Annual report of lunatic asylums [Bombay] - 1912-1922
Year: 1912
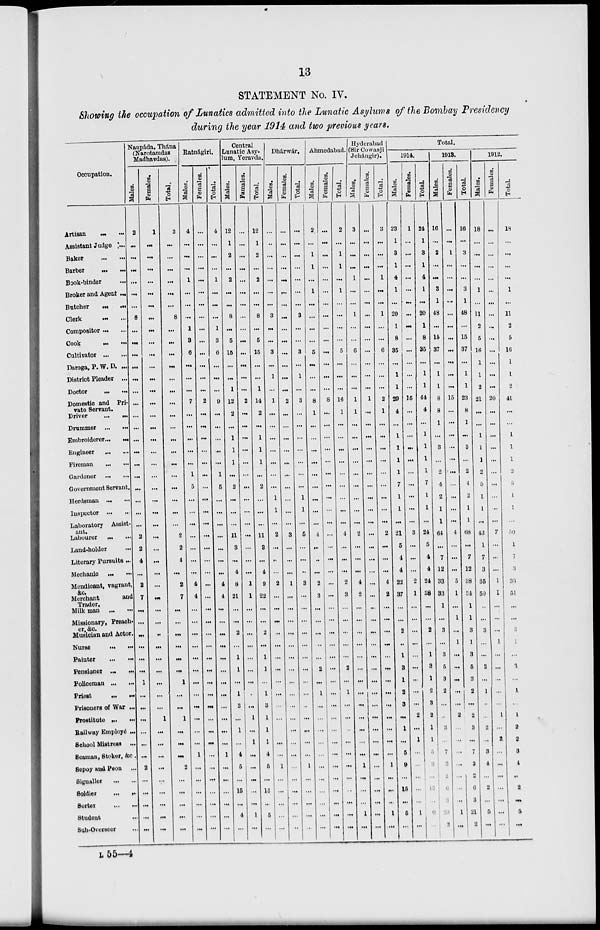
13
STATEMENT No. IV.
Showing the occupation of Lunatics admitted into the Lunatic Asylums of the Bombay Presidency
during the year 1914 and two previous years.
Occupation.
Artisan
...
...
Assistant Judge ...
Baker
...
...
Barber
...
...
Book-binder ...
Broker and Agent ...
Butcher
...
...
Clerk ... ...
Compositor ... ...
Cook
...
...
Cultivator ... ...
Daroga, P. W. D. ...
District Pleader ...
Doctor ... ...
Domestic and Pri-
vate Servant.
Driver
...
...
Drummer ...
...
Embroiderer ... ...
Engineer ... ...
Fireman
...
...
Gardener ... ...
Government Servant.
Herdsman ... ...
Inspector
...
...
Laboratory Assist-
ant.
Labourer ... ...
Land-holder ....
Literary Pursuits ...
Mechanic ... ...
Mendicant, vagrant,
&c.
Merchant
and
Trader.
Milk man ...
...
Missionary, Preach-
er, &c.
Musician and Actor.
Nurse
...
...
Painter
...
...
Pensioner ... ...
Policeman ...
...
Priest
...
...
Prisoners of War ...
Prostitute
... ...
Railway Employé ...
School Mistress ...
Seaman, Stoker, &c.
Sepoy and Peon ...
Signaller
...
...
Soldier
...
...
Sorter
...
...
Student ...
Sub-Overseer ...
Naupáda, Thána
(Narotamdas
Madhavdas).
Males.
2
...
...
...
...
...
...
8
...
...
...
...
...
...
...
...
...
...
...
...
...
...
...
...
...
2
2
4
...
2
7
...
...
...
...
...
...
1
...
...
...
...
...
...
2
...
...
...
...
...
Females.
1
...
...
...
...
...
...
...
...
...
...
...
...
...
...
...
...
...
...
...
...
...
...
...
...
...
...
...
...
...
...
...
...
...
...
...
...
...
...
...
1
...
...
...
...
...
...
...
...
...
Total.
3
...
...
...
...
...
...
8
...
...
...
...
...
...
...
...
...
...
...
...
...
...
...
...
...
2
2
4
...
2
7
...
...
...
...
...
...
1
...
...
1
...
...
...
2
...
...
...
...
...
Ratnágiri.
Males.
4
...
...
...
1
...
...
...
1
3
6
...
...
...
7
...
...
...
...
...
1
5
...
...
...
...
...
...
...
4
4
...
...
...
...
...
...
...
...
...
...
...
...
1
...
...
...
...
...
...
Females.
...
...
...
...
...
...
...
...
...
...
...
...
...
...
2
...
...
...
...
...
...
...
...
...
...
...
...
...
...
...
...
...
...
...
...
...
...
...
...
...
...
...
...
...
...
...
...
...
...
...
Total.
4
...
...
...
1
...
...
...
1
3
6
...
...
...
9
...
...
...
...
...
1
5
...
...
...
...
...
...
...
4
4
...
...
...
...
...
...
...
...
...
...
...
...
1
...
...
...
...
...
...
Central
Lunatic Asy-
lum, Yeravda,
Males.
12
1
2
...
2
...
...
8
...
5
15
...
...
1
12
2
...
1
1
1
...
2
...
...
...
11
3
...
4
8
21
...
...
2
...
1
1
...
1
3
...
1
...
4
5
...
15
...
4
...
Famales.
...
...
...
...
...
...
...
...
...
...
...
...
...
...
2
...
...
...
...
...
...
...
...
...
...
...
...
...
...
1
1
...
...
...
...
...
...
...
...
...
1
...
1
...
...
...
...
...
1
...
Total.
12
1
2
...
2
...
...
8
...
5
15
...
...
1
14
2
...
1
1
1
...
2
...
...
...
11
3
...
4
9
22
...
...
2
...
1
1
...
1
3
1
1
1
4
5
...
15
...
5
...
Dhárwár.
Males.
...
...
...
...
...
...
...
3
...
...
3
...
1
...
1
...
...
...
...
...
...
...
1
1
...
2
...
...
...
2
...
...
...
...
...
...
...
...
...
...
...
...
...
...
1
...
...
...
...
...
Females.
...
...
...
...
...
...
...
...
...
...
...
...
...
...
2
...
...
...
...
...
...
...
...
...
...
3
...
...
...
1
...
...
...
...
...
...
...
...
...
...
...
...
...
...
...
...
...
...
...
...
Total.
...
...
...
...
...
...
...
3
...
...
3
...
1
...
3
...
...
...
...
...
...
...
1
1
...
5
...
...
...
3
...
...
...
...
...
...
...
...
...
...
...
...
...
...
1
...
...
...
...
...
Ahmedabad.
Males.
2
...
1
1
...
1
...
...
...
...
5
...
...
...
8
1
...
...
...
...
...
...
...
...
...
4
...
...
...
2
3
...
...
...
...
...
2
...
1
...
...
...
...
...
...
...
...
...
...
...
Females.
...
...
...
...
...
...
...
...
...
...
...
...
...
...
8
...
...
...
...
...
...
...
...
...
...
...
...
...
...
...
...
...
...
...
...
...
...
...
...
...
...
...
...
...
...
...
...
...
...
...
Total.
2
...
1
1
...
1
...
...
...
...
5
...
...
...
16
1
...
...
...
...
...
...
...
...
...
4
...
...
...
2
3
...
...
...
...
...
2
...
1
...
...
...
...
...
...
...
...
...
...
...
Hyderabad
(Sir Cowasji
Jehángir).
Males.
3
...
...
...
1
...
...
1
...
...
6
...
...
...
1
1
...
...
...
...
...
...
...
...
...
2
...
...
...
4
2
...
...
...
...
...
...
...
...
...
...
...
...
...
1
...
...
...
1
...
Females.
...
...
...
...
...
...
...
...
...
...
...
...
...
...
1
...
...
...
...
...
...
...
...
...
...
...
...
...
...
...
...
...
...
...
...
...
...
...
...
...
...
...
...
...
...
...
...
...
...
...
Total.
3
...
...
...
1
...
...
1
...
...
6
...
...
...
2
1
...
...
...
...
...
...
...
...
...
2
...
...
...
4
2
...
...
...
...
...
...
...
...
...
...
...
...
...
1
...
...
...
1
...
Total.
1914.
Males.
23
1
3
1
4
1
...
20
1
8
35
...
1
1
29
4
...
1
1
1
1
7
1
1
...
21
5
4
4
22
37
...
...
2
...
1
3
1
2
3
...
1
...
5
9
...
15
...
5
...
Females.
1
...
...
...
...
...
...
...
...
...
...
...
...
...
15
...
...
...
...
...
...
...
...
...
...
3
...
...
...
2
1
...
...
...
...
...
...
...
...
...
2
...
1
...
...
...
...
...
1
...
Total.
24
1
3
1
4
1
...
20
1
8
35
...
1
1
44
4
...
1
1
1
1
7
1
1
...
24
5
4
4
24
38
...
...
2
...
1
3
1
2
3
2
1
1
5
9
...
15
...
6
...
1913.
Males.
16
...
2
...
...
3
1
48
...
15
37
...
1
1
8
8
1
...
3
...
2
4
2
1
1
64
...
7
12
33
33
1
...
3
...
3
5
3
2
...
...
3
...
7
3
2
6
3
20
2
Females.
...
...
1
...
...
...
...
...
...
...
...
...
...
...
15
...
...
...
...
...
...
...
...
...
...
4
...
...
...
5
1
...
1
...
1
...
...
...
...
...
2
...
...
...
...
...
...
...
1
...
Total.
16
...
3
...
...
3
1
48
...
15
37
...
1
1
23
8
1
...
3
...
2
4
2
1
1
68
...
7
12
38
34
1
1
3
1
3
5
3
2
...
2
3
...
7
3
2
6
3
21
2
1912.
Males.
18
...
...
...
...
1
...
11
2
5
16
1
1
2
21
...
...
1
1
1
2
5
1
1
...
43
1
7
3
35
50
...
...
3
...
...
2
...
1
..
...
2
...
3
4
...
2
...
5
...
Females.
...
...
...
...
...
...
...
...
...
...
...
...
...
...
20
...
...
...
...
...
...
...
...
...
...
7
...
...
...
1
1
...
...
...
1
...
...
...
...
...
1
...
2
...
...
...
...
...
...
...
Total.
18
...
...
...
...
1
...
11
2
5
16
1
1
2
41
...
...
1
1
1
2
5
1
1
...
50
1
7
3
36
51
...
...
3
1
...
2
...
1
...
1
2
2
3
4
...
2
...
5
...
L 55—4